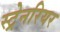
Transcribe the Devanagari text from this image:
स्ट्रेनरियर